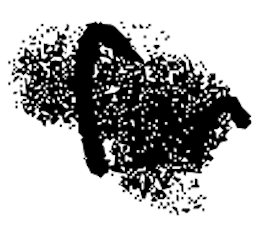
Text: for
Cross-out: scratch
Writing tool: digital_black